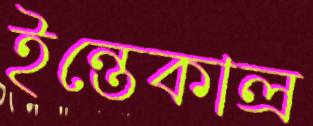
ইন্তেকাল্র